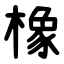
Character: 橡